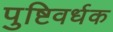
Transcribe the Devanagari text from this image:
पुष्टिवर्धक